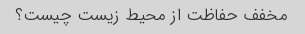
مخفف حفاظت از محیط زیست چیست؟